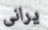
يرانى